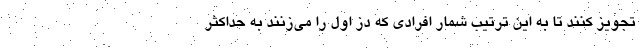
تجویز کنند تا به این ترتیب شمار افرادی که دُز اول را می‌زنند به حداکثر